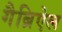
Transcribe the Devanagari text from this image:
गैब्रिऐल